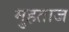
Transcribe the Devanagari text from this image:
मुहताज